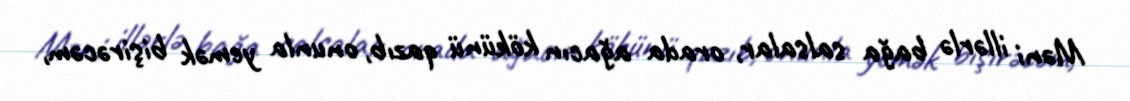
Məni illərlə bağa salsalar, orada ağacın kökünü qazıb, onunla yemək bişirəcəm,